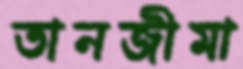
তানজীমা